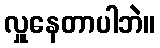
လှူနေတာပါဘဲ။